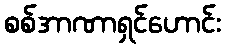
စစ်အာဏာရှင်ဟောင်း